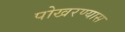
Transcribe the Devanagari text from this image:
पोखरण्यास